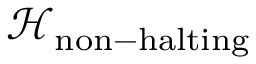
{ \mathcal { H } } _ { \mathrm { n o n - h a l t i n g } }